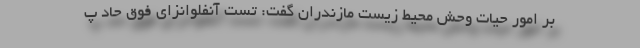
بر امور حیات وحش محیط زیست مازندران گفت: تست آنفلوانزای فوق حاد پ